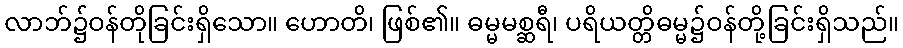
လာဘ်၌ဝန်တိုခြင်းရှိသော။ ဟောတိ၊ ဖြစ်၏။ ဓမ္မမစ္ဆရီ၊ ပရိယတ္တိဓမ္မ၌ဝန်တို့ခြင်းရှိသည်။